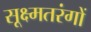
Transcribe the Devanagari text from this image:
सूक्ष्मतरंगों